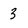
Character: 3